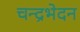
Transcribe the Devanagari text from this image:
चन्द्रभेदन